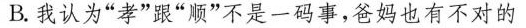
B.我认为”孝”跟”顺”不是一码事，爸妈也有不对的